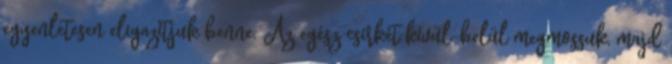
egyenletesen eligazítjuk benne. Az egész csirkét kívül-belül megmossuk, majd